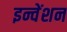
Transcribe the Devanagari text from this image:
इन्वेंशन